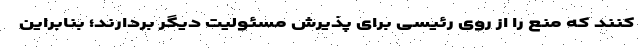
کنند که منع را از روی رئیسی برای پذیرش مسئولیت دیگر بردارند؛ بنابراین